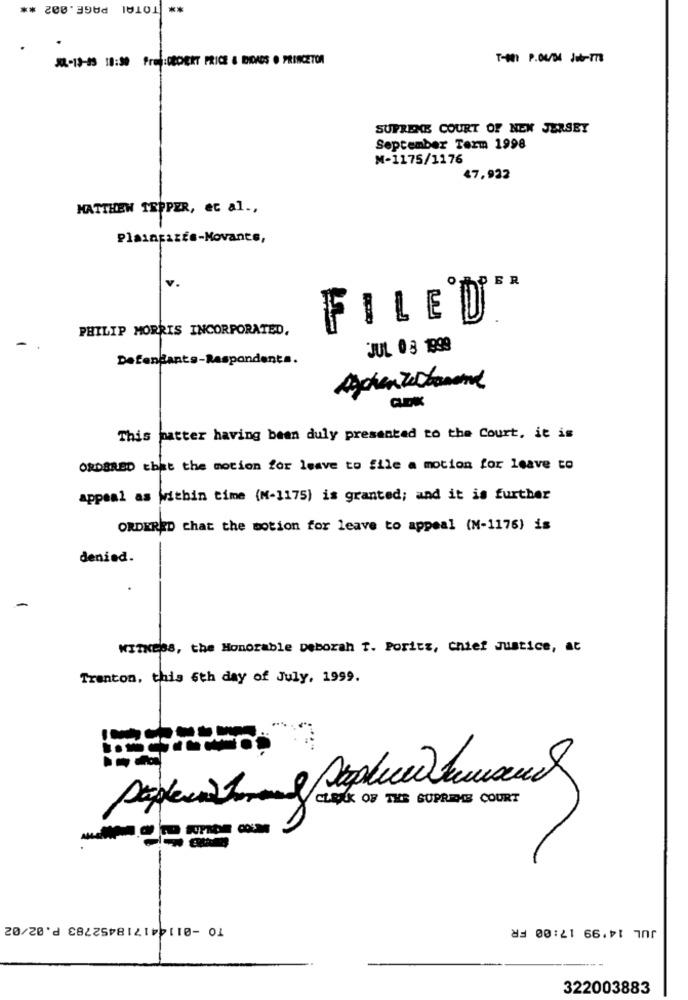
TOTAL PAGE.002 **
**
X-13-45 18:30 Prej:GEDEKT PRICE & BIOADS . PRINCETON
THAI P.OL/DE JobITE
SUPREME COURT OF NEW JERSEY
September Term 1998
M-1175/1176
47,922
MATTHEW TEPPER, et al .,
PlainEszÉs-Movants,
V.
FILED
PHILIP MORRIS INCORPORATED,
JUL 03 1999
Defendants-Respondents.
This patter having been duly presented to the Court, it is
ORDERED that the motion for leave to file a motion for leave to
appeal as Within time (M-1175) is granted; and it is further
ORDERED chat the motion for leave to appeal (N-1176) is
denied.
WITNESS, the Honorable Deborah T. Porits, chief Justice, at
Trenton, this 6th day of July, 1999.
CLEKK OF THE SUPREME COURT
TO -011441718452783 P.02/02
JUL 14'99 17:00 FR
322003883